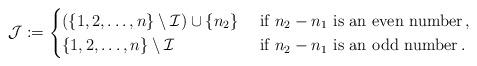
LaTeX: \begin{align*}\mathcal{J}:=\begin{cases}(\{1,2,\ldots,n\}\setminus \mathcal{I})\cup {\{n_2\}} & \textrm{ if $n_2-n_1$ is an even number}\,,\\\{1,2,\ldots,n\}\setminus \mathcal{I} & \textrm{ if $n_2-n_1$ is an odd number}\,.\end{cases}\end{align*}